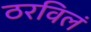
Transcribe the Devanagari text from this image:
ठरविलं